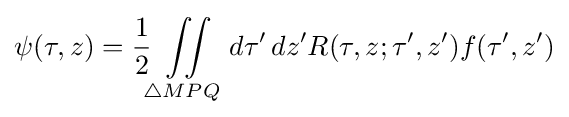
\psi (\tau ,z)={\frac {1}{2}}\iint \limits _{\triangle MPQ}\,d\tau '\,dz'R(\tau ,z;\tau ',z')f(\tau ',z')